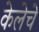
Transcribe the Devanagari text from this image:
केलेचे